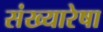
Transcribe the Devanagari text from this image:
संख्यारेषा